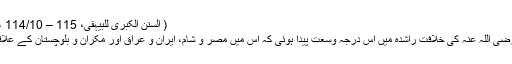
( السنن الکبریٰ للبیہقی، 115 – 114/10 ، مطبع حیدر آباد دکن )
حضرت عمر فاروق رضی اللہ عنہ کی خلافت راشدہ میں اس درجہ وسعت پیدا ہوئی کہ اس میں مصر و شام، ایران و عراق اور مکران و بلوچستان کے علاقے بھی شامل ہو گئے۔